Civil Veterinary Department. United Provinces 1923-31 - 1923-1931
Year: 1923
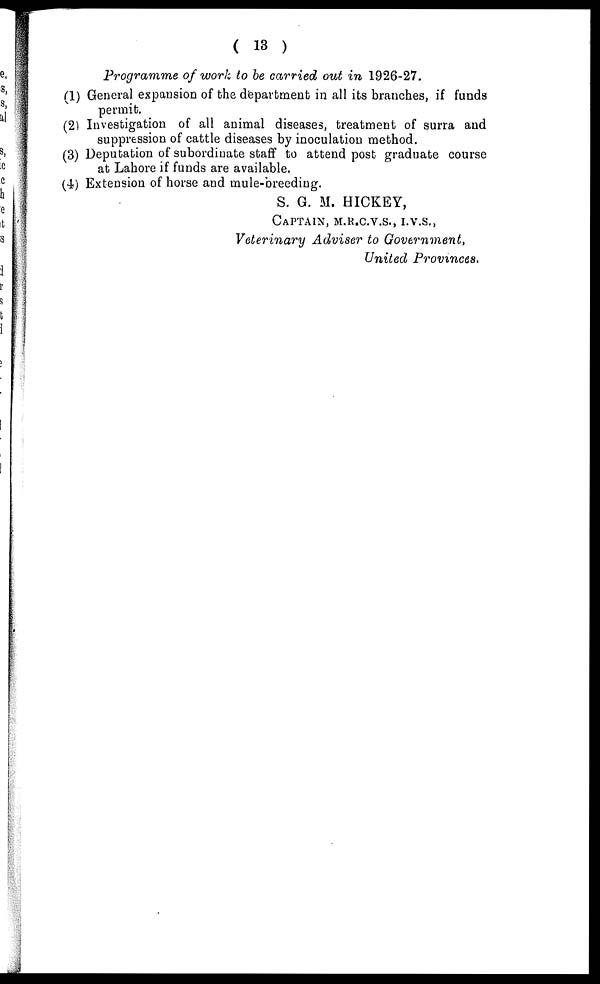
( 13 )
Programme of work to be carried out in 1926-27.
(1) General expansion of the department in all its branches, if funds
permit.
(2) Investigation of all animal diseases, treatment of surra and
suppression of cattle diseases by inoculation method.
(3) Deputation of subordinate staff to attend post graduate course
at Lahore if funds are available.
(4) Extension of horse and mule-breeding.
S. G. M. HICKEY,
CAPTAIN, M.R.C.V.S., I.V.S.,
Veterinary Adviser to Government,
United Provinces.